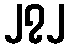
၂၇၂